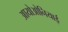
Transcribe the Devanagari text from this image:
आयोओनियाई